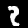
Digit: 2